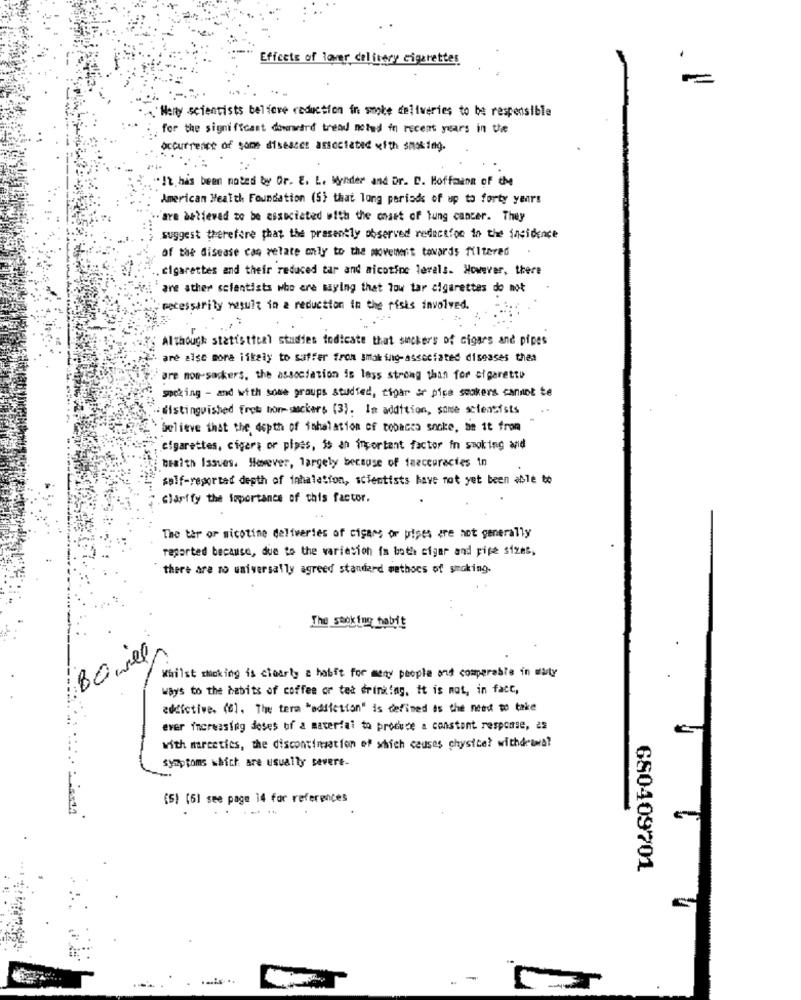
Effects of lover delivery cigarettes
.A.'Nery scientists believe reduction in smoke deliveries to be respensible
for the significant downrard tread noted in recent years in the
occurrence of some diseases associated with saxing.
"It has been notes by Or. E. L. Myntder and Dr. D. Hoffmann of the
American Health Foundation (5) that long periods of up to forty years
.. are believed to be associated with the coast of lung cancer. They
suggest therefore that the prasently observed reduction in the incidence
of the disease can relate only to the movement towards filtered
cigarettes and their reduced tar and nicotine levels. However, there
"are ather scientists who are saying that low tar cigarettes do mot
necessarily result in a reduction in the risks involved.
Although statistical studies todicate that suckers of cigars and pipes
are also more iikelly to suffer from smoking-associated diseases thes
are non-sockers, the association is less strong than for cigarette
speking - and with some groups studied, tipar ar pice smokers cannot te
distinguished from bon-suckers (3). In addition, some scientists
believe that the depth of inhalasion of tobacco socke, be it from
cigarettes, cigers or pipes, is an important factor in smoking and
wraith Issues. However, largely because of inaccuracies in
self-reported depth of inhalation, scientists have not yet been able to
Clarify the importance of this factor.
The ter or nicotine deliveries of cigars or pipes are not generally
reported because, due to the variesich ia both cigar and pipe sizes,
there are no universally agreed standard methocs of smoking.
The smoking habit
BO wel
Whilst smoking is clearly a habit for many people and comparable in maty
Ways to the habits of coffee or ted drinking, it is not, in fact,
addictive. (61. The term "addiction" is defined as the need to take
ever increasing doses of a material to produce a constant respcase, as
with marcotics, the discontinuation of which causes physical withdrawa?
symptoms which are usually severe-
(5) (61 see page 14 for references
680409701